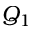
Q _ { 1 }